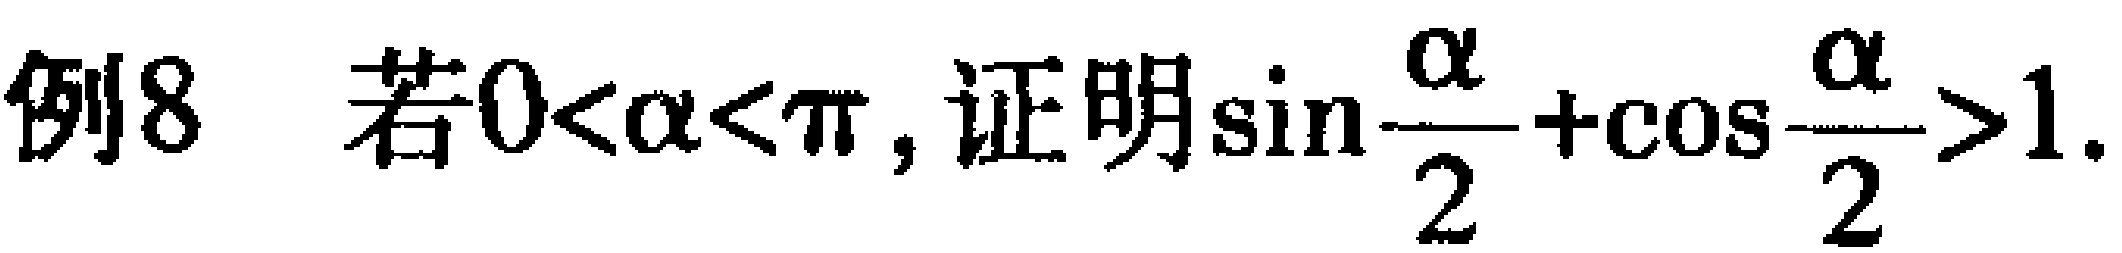
例8 若\(0<\alpha<\pi\), 证明\(\sin\frac{\alpha}{2}+\cos\frac{\alpha}{2}>1\).